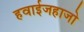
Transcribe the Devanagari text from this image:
हवाईजहाजो